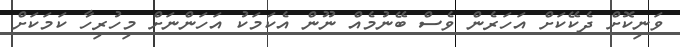
ވަނިކޮށް ދެކޭކަށް އަހަރެން ވެސް ބޭނުމެއް ނޫން އެކަމަކު އަހަންނަށް މިހުރިހާ ކަމަކަށް